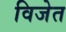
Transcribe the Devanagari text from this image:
विजेत